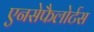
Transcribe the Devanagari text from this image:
एनसेफैलोर्टस